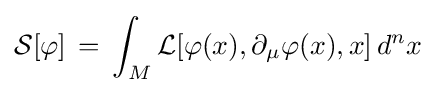
{\mathcal {S}}[\varphi ]\,=\,\int _{M}{\mathcal {L}}[\varphi (x),\partial _{\mu }\varphi (x),x]\,d^{n}x